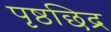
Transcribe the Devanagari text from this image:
पृष्ठछिद्र